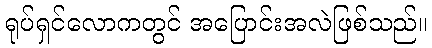
ရုပ်ရှင်လောကတွင် အပြောင်းအလဲဖြစ်သည်။